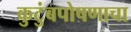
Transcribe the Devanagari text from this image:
कुटुंबपोषणाचा